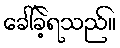
ခေါ်ခဲ့ရသည်။